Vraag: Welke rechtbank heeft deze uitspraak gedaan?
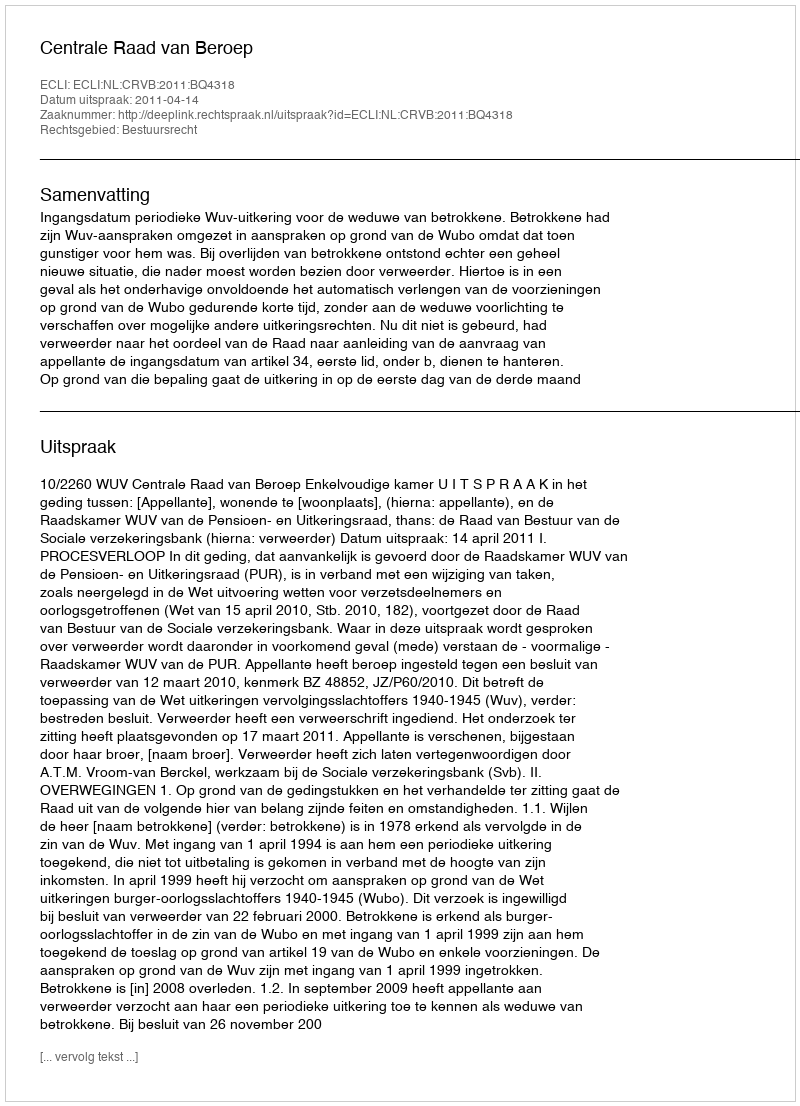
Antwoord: Centrale Raad van Beroep